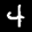
Label: 4